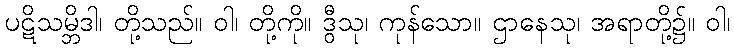
ပဋိသမ္ဘိဒါ၊ တို့သည်။ ဝါ၊ တို့ကို။ ဒွီသု၊ ကုန်သော။ ဌာနေသု၊ အရာတို့၌။ ဝါ၊